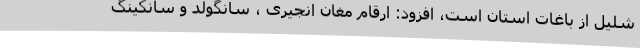
شلیل از باغات استان است، افزود: ارقام مغان انجیری ، سانگولد و سانکینگ